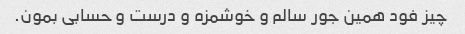
چیز فود همین جور سالم و خوشمزه و درست و حسابى بمون.